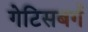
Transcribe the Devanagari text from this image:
गेटिसबर्ग